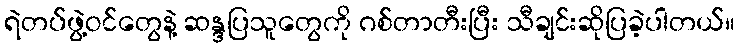
ရဲတပ်ဖွဲ့ဝင်တွေနဲ့ ဆန္ဒပြသူတွေကို ဂစ်တာတီးပြီး သီချင်းဆိုပြခဲ့ပါတယ်။